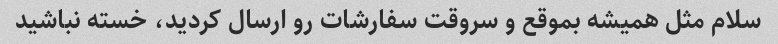
سلام مثل همیشه بموقع و سروقت سفارشات رو ارسال کردید، خسته نباشید